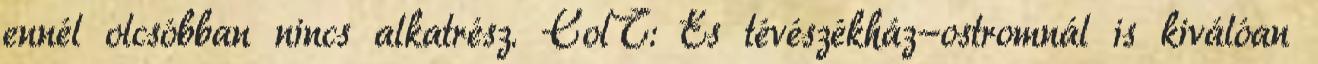
ennél olcsóbban nincs alkatrész. ColT: És tévészékház-ostromnál is kiválóan